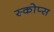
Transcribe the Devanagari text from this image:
स्कोप्स